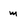
Character: m